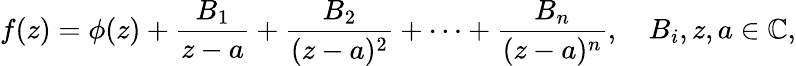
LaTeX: f(z)=\phi(z)+{\frac{B_{1}}{z-a}}+{\frac{B_{2}}{(z-a)^{2}}}+\cdots+{\frac{B_{n}}{(z-a)^{n}}},\quad B_{i},z,a\in\mathbb{C},